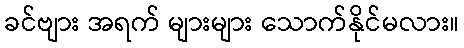
ခင်ဗျား အရက် များများ သောက်နိုင်မလား။